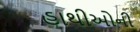
હાથીઓની